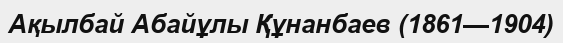
Ақылбай Абайұлы Құнанбаев (1861—1904)